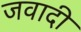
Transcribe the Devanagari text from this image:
जवादी